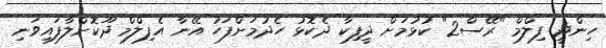
ހިންދީ ފިލްމް "ރޭސް2" ކުޅުމަށް ދީފިކާ ދެކޮޅު ހެދުމަށްފަހު އޭނާ އެފިލްމް ދޫކޮށްލާފައިވަނި